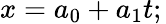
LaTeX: x=a_{0}+a_{1}t;\,